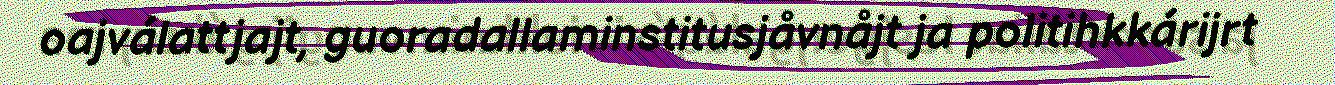
oajválattjajt, guoradallaminstitusjåvnåjt ja politihkkárijrt